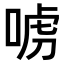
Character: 𠶪